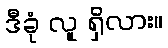
ဒီခုံ လူ ရှိလား။